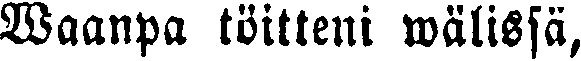
Waanpa töitteni wälissä,